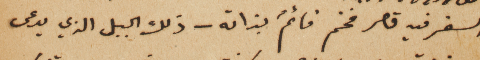
السفر فيه قصر فخم قائمٌ بذاته – ذلك الجبل الذي يدعى